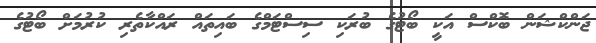
ޖަންކްޝަން ބޮކްސް އަކީ ބޯޓުގެ ބުރަކި ސިސްޓަމްގެ ބައިތައް ރައްކާތެރި ކުރުމަށް ބޯޓުގެ